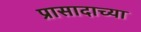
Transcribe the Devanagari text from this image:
प्रासादाच्या